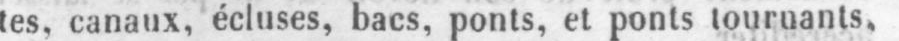
tes, canaux, écluses, bacs, ponts, et ponts tournants,